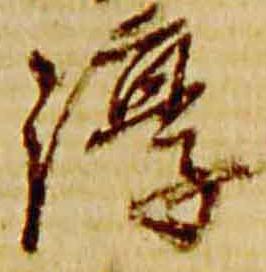
淳